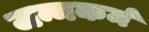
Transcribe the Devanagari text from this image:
जन्मकर्म